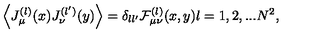
\Big \langle J _ { \mu } ^ { ( l ) } ( x ) J _ { \nu } ^ { ( l ^ { \prime } ) } ( y ) \Big \rangle = \delta _ { l l ^ { \prime } } { \cal F } _ { \mu \nu } ^ { ( l ) } ( x , y ) l = 1 , 2 , . . . N ^ { 2 } ,